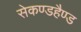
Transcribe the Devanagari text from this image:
सेकण्डहैण्ड